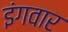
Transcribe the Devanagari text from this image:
इंगवार